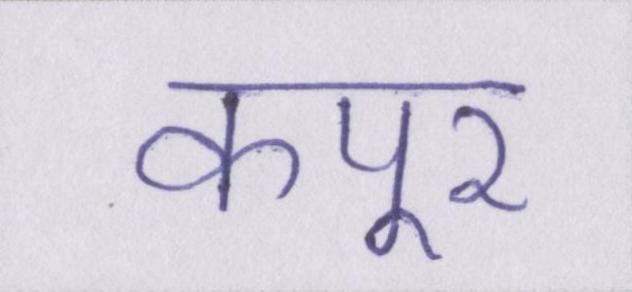
कपूर